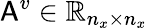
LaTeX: \mathsf{A}^{v}\in\mathbb{R}_{n_{x}\times n_{x}}